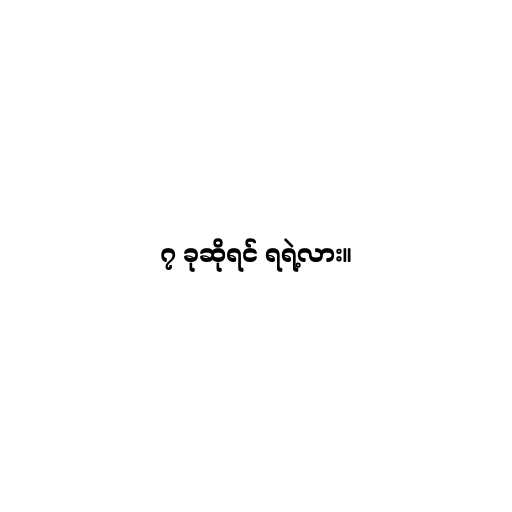
၇ ခုဆိုရင် ရရဲ့လား။